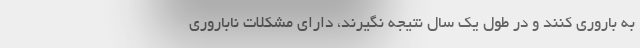
به باروری کنند و در طول یک سال نتیجه نگیرند، دارای مشکلات ناباروری